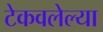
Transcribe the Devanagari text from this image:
टेकवलेल्या